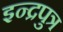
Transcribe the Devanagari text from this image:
इन्द्रपुत्र